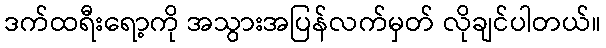
ဒက်ထရီးရော့ကို အသွားအပြန်လက်မှတ် လိုချင်ပါတယ်။